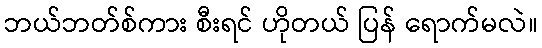
ဘယ်ဘတ်စ်ကား စီးရင် ဟိုတယ် ပြန် ရောက်မလဲ။